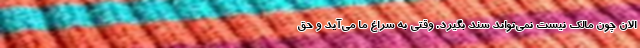
الان چون مالک نیست نمی‌تواند سند بگیرد. وقتی به سراغ ما می‌آید و حق